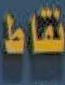
نقاط